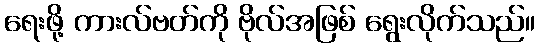
ရေးဖို့ ကားလ်ဗတ်ကို ဗိုလ်အဖြစ် ရွေးလိုက်သည်။